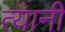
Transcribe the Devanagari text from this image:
त्‍यानी